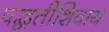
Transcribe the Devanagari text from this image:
पद्धतीशिवाय